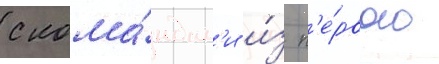
с кома́ндам'и и́з п'е́рвого